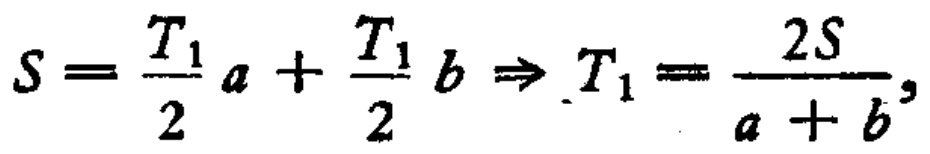
\(S = \frac{T_1}{2}a+\frac{T_1}{2}b \Rightarrow T_1 = \frac{2S}{a + b},\)